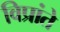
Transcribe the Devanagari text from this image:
विप्रांते